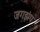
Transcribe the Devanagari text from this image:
जगझंप